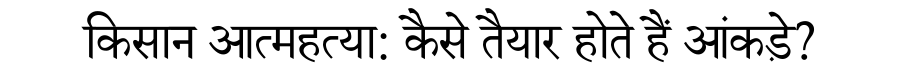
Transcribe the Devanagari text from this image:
किसान आत्महत्या: कैसे तैयार होते हैं आंकड़े?